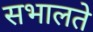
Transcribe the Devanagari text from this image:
सभालते